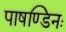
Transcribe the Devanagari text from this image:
पाषण्डिनः